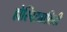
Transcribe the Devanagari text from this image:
होस्पिट्यालिटी